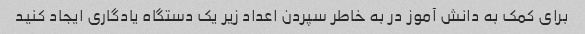
برای کمک به دانش آموز در به خاطر سپردن اعداد زیر یک دستگاه یادگاری ایجاد کنید